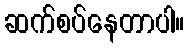
ဆက်စပ်နေတာပါ။